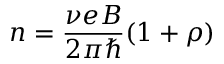
n = \frac { \nu e B } { 2 \pi \hbar } ( 1 + \rho )